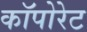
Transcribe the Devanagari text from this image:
कॉपोरेट